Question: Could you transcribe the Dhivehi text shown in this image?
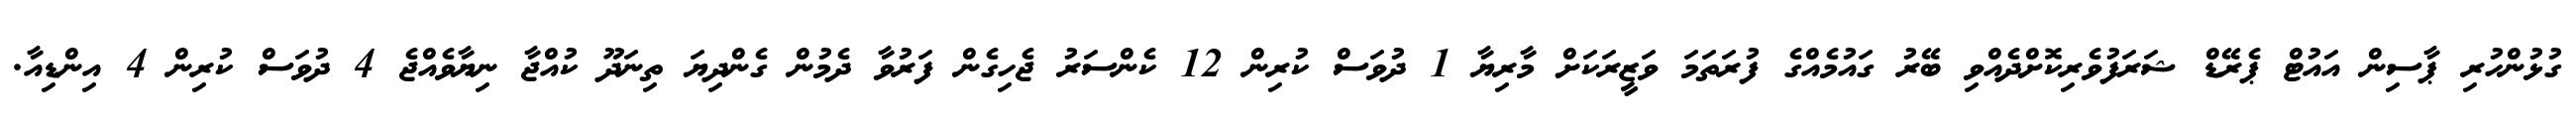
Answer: ގުޅުންހުރި ޕާސިން އައުޓް ޕެރޭޑް ޝަރަފުވެރިކޮށްދެއްވި ބޭރު ގައުމެއްގެ ފުރަތަމަ ވަޒީރަކަށް މާރިޔާ 1 ދުވަސް ކުރިން 12 ކެންސަރު ޖެހިގެން ފަރުވާ ދެމުން ގެންދިޔަ ތިނަދޫ ކުއްޖާ ނިޔާވެއްޖެ 4 ދުވަސް ކުރިން 4 އިންޑިއާ.